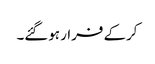
کرکے فرار ہوگئے۔